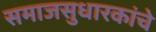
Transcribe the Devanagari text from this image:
समाजसुधारकांचे